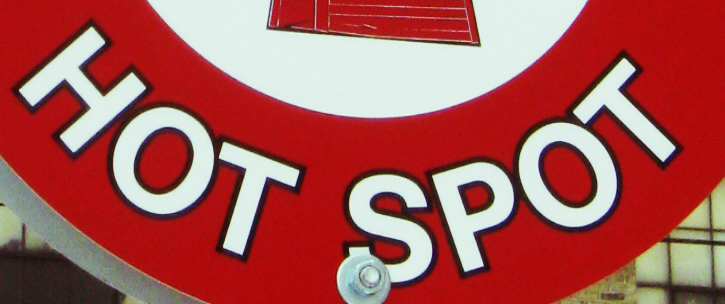
HOT SPOT